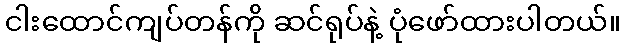
ငါးထောင်ကျပ်တန်ကို ဆင်ရုပ်နဲ့ ပုံဖော်ထားပါတယ်။